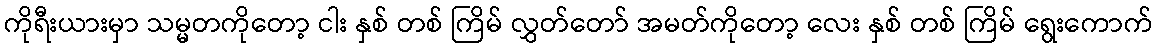
ကိုရီးယားမှာ သမ္မတကိုတော့ ငါး နှစ် တစ် ကြိမ် လွှတ်တော် အမတ်ကိုတော့ လေး နှစ် တစ် ကြိမ် ရွေးကောက်